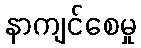
နာကျင်စေမှု